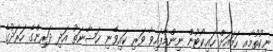
ނިކުތުމާއި ހަމައަށް ހައިކޯޓުން ނިންމާފައިވާ ވަރި ކައިވެނި ޚަޟާނަތު އަދި ދަރިންގެ ހަރަދުގެ